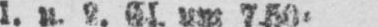
um 7.50a